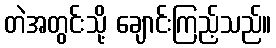
တဲအတွင်းသို့ ချောင်းကြည့်သည်။